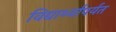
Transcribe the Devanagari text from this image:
विद्यार्थ्यांपर्यंत